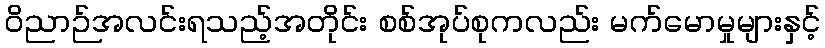
ဝိညာဉ်အလင်းရသည့်အတိုင်း စစ်အုပ်စုကလည်း မက်မောမှုများနှင့်